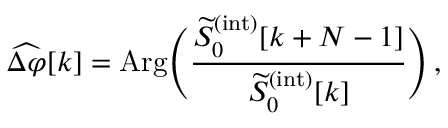
\widehat { \Delta \varphi } [ k ] = \mathrm { A r g } \Bigg ( \frac { \widetilde { S } _ { 0 } ^ { ( \mathrm { i n t } ) } [ k + N - 1 ] } { \widetilde { S } _ { 0 } ^ { ( \mathrm { i n t } ) } [ k ] } \Bigg ) \, ,